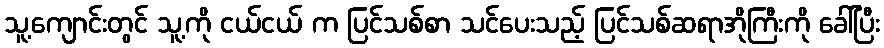
သူ့ကျောင်းတွင် သူ့ကို ငယ်ငယ် က ပြင်သစ်စာ သင်ပေးသည့် ပြင်သစ်ဆရာအိုကြီးကို ခေါ်ပြီး